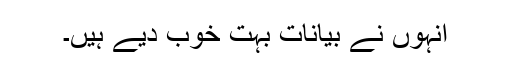
انہوں نے بیانات بہت خوب دیے ہیں۔